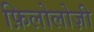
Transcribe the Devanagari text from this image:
फ़िलोलोज़ी